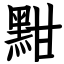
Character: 黚